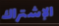
الإشتراك